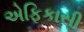
એફિકાસી